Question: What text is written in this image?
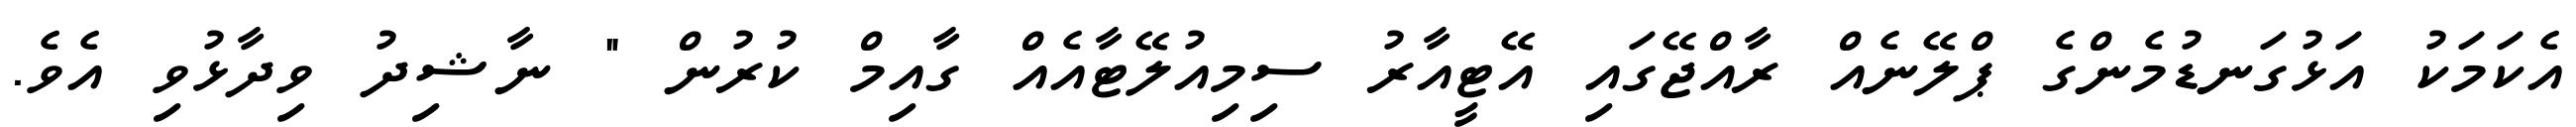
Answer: އެކަމަކު އަޅުގަނޑުމެންގެ ޕްލޭނެއް ރާއްޖޭގައި އޭޓީއާރު ސިމިއުލޭޓާއެއް ގާއިމް ކުރުން " ނާޝިދު ވިދާޅުވި އެވެ.